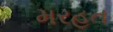
મરહૂત